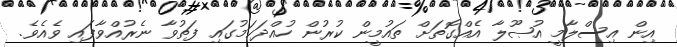
އިން އިސްލާމީ އުޞޫލާ އެއްގޮތަށް ތައުމީން ކުރުން ހުއްދަކަމުގައި ފަތުވާ ނެރުއްވާފައި ވެއެވެ.